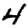
Digit: 4